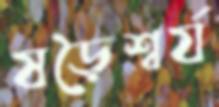
ষড়ৈশ্বর্য